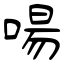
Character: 啺